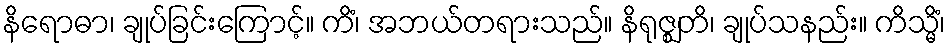
နိရောဓာ၊ ချုပ်ခြင်းကြောင့်။ ကိံ၊ အဘယ်တရားသည်။ နိရုဇ္ဈတိ၊ ချုပ်သနည်း။ ကိသ္မိံ၊